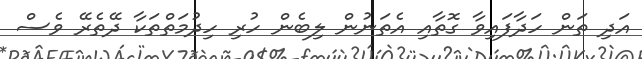
އަދި ތަން ހަދާފައިވާ ގޮތާއި އެތަނުން ލިބެން ހުރި ހިދުމަތްތަކާ ދޭތެރޭ ވެސް